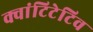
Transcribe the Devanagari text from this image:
क्वांटिटेटिव